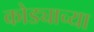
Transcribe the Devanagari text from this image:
कोड्याच्या